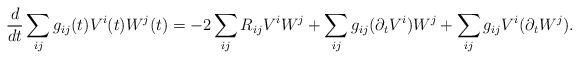
LaTeX: \begin{align*} \frac{d}{dt} \sum_{ij} g_{ij}(t) V^i(t) W^j(t) = - 2 \sum_{ij} R_{ij} V^i W^j +\sum_{ij} g_{ij} (\partial_t V^i) W^j + \sum_{ij} g_{ij} V^i (\partial_t W^j).\end{align*}